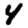
Digit: 4